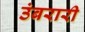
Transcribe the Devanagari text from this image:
उंबरारी